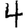
Digit: 4